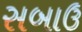
સબાઉ